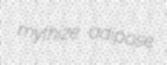
mythize adipose